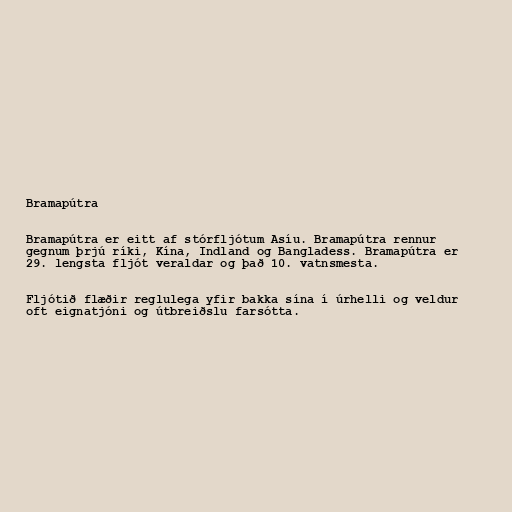
Bramapútra

Bramapútra er eitt af stórfljótum Asíu. Bramapútra rennur
gegnum þrjú ríki, Kína, Indland og Bangladess. Bramapútra er
29. lengsta fljót veraldar og það 10. vatnsmesta.

Fljótið flæðir reglulega yfir bakka sína í úrhelli og veldur
oft eignatjóni og útbreiðslu farsótta.